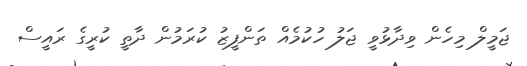
ޖަމީލް މިހެން ވިދާޅުވީ ޖަލު ހުކުމެއް ތަންފީޒު ކުރަމުން ދާތީ ކުރީގެ ރައީސް